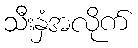
သီးနှံအလိုက်